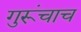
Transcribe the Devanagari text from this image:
गुरूंचाच